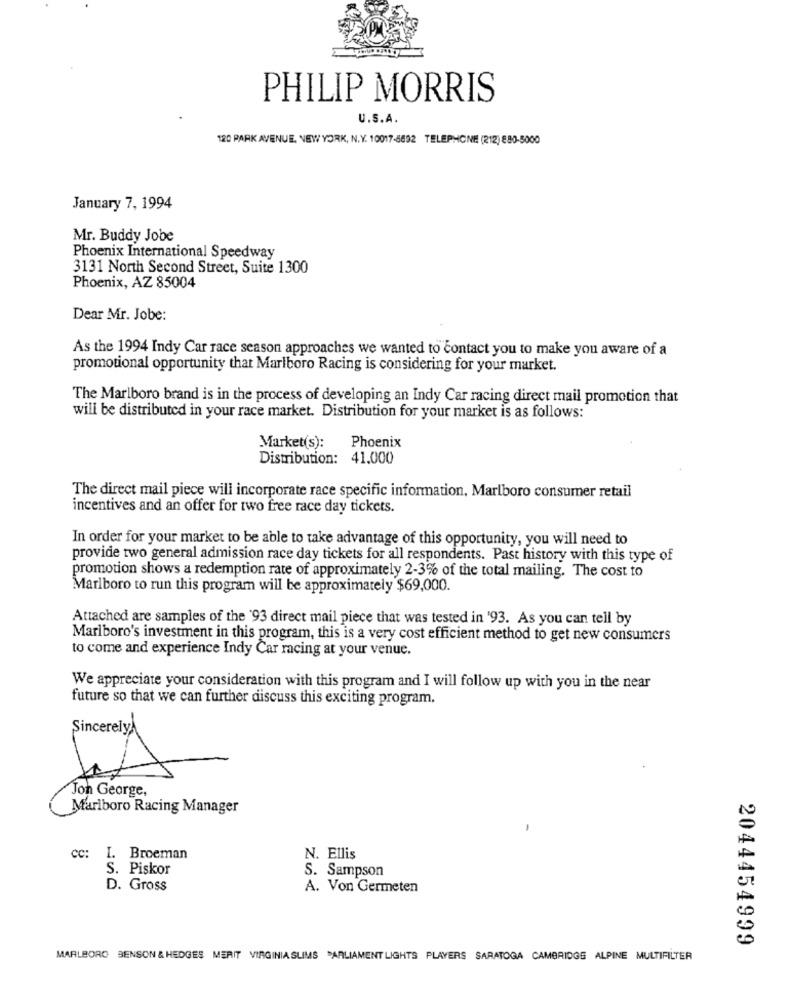
PHILIP MORRIS
U.S.A.
120 PARK AVENUE, NEW YORK, N. Y. 10017-5692 TELEPHONE (212) 880-5000
January 7, 1994
Mr. Buddy Jobe
Phoenix International Speedway
3131 North Second Street, Suite 1300
Phoenix, AZ 85004
Dear Mr. Jobe:
As the 1994 Indy Car race season approaches we wanted to contact you to make you aware of a
promotional opportunity that Marlboro Racing is considering for your market.
The Marlboro brand is in the process of developing an Indy Car racing direct mail promotion that
will be distributed in your race market. Distribution for your market is as follows:
Market(s):
Phoenix
Distribution: 41.000
The direct mail piece will incorporate race specific information, Marlboro consumer retail
incentives and an offer for two free race day tickets.
In order for your market to be able to take advantage of this opportunity, you will need to
provide two general admission race day tickets for all respondents. Past history with this type of
promotion shows a redemption rate of approximately 2-3% of the total mailing. The cost to
Marlboro to run this program will be approximately $69,000.
Attached are samples of the '93 direct mail piece that was tested in '93. As you can tell by
Marlboro's investment in this program, this is a very cost efficient method to get new consumers
to come and experience Indy Car racing at your venue.
We appreciate your consideration with this program and I will follow up with you in the near
future so that we can further discuss this exciting program.
Jon George,
Marlboro Racing Manager
-
CC:
I. Broeman
N. Ellis
S. Piskor
S. Sampson
D. Gross
A. Von Germeten
2044454999
MARLBORO BENSON & HEDGES MERIT VIRGINIA SLIMS PARLIAMENT LIGHTS PLAYERS SARATOGA CAMBRIDGE ALPINE MULTIFILTER